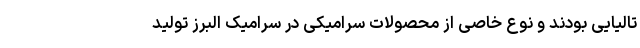
تالیایی بودند و نوع خاصی از محصولات سرامیکی در سرامیک البرز تولید